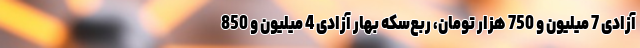
آزادی 7 میلیون و 750 هزار تومان، ربع‌سکه بهار آزادی 4 میلیون و 850